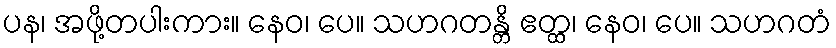
ပန၊ အဖို့တပါးကား။ နေဝ၊ ပေ။ သဟဂတန္တိ ဧတ္ထ၊ နေဝ၊ ပေ။ သဟဂတံ